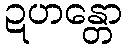
ဍဟန္တော